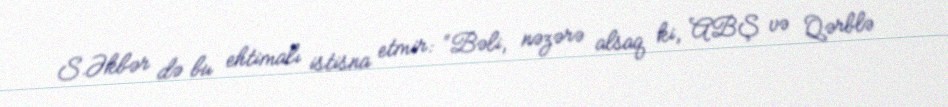
S.Əkbər də bu ehtimalı istisna etmir: “Bəli, nəzərə alsaq ki, ABŞ və Qərblə